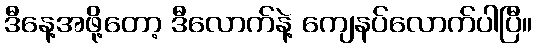
ဒီနေ့အဖို့တော့ ဒီလောက်နဲ့ ကျေနပ်လောက်ပါပြီ။